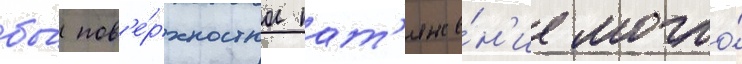
бы́ пов'е́рхностное нат'яже́н'ие могло́